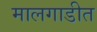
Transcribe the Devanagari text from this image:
मालगाडीत